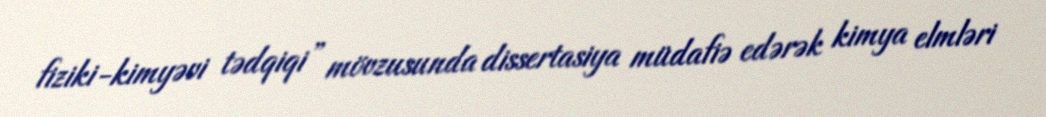
fiziki-kimyəvi tədqiqi” mövzusunda dissertasiya müdafiə edərək kimya elmləri